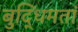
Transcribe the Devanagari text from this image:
बुद्धिमतां